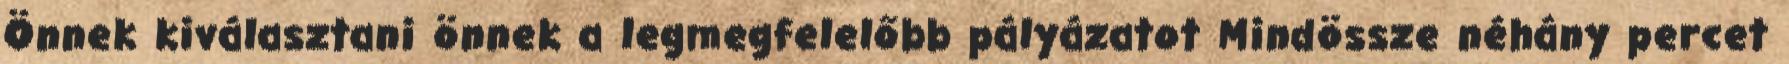
Önnek kiválasztani önnek a legmegfelelőbb pályázatot Mindössze néhány percet